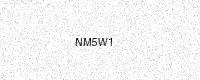
Text: NM5W1